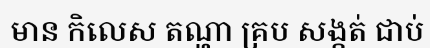
មាន កិលេស តណ្ហា គ្រប សង្កត់ ជាប់